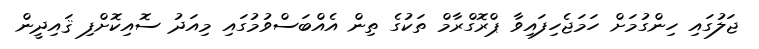
ޖަލުގައި ހިންގުމަށް ހަމަޖެހިފައިވާ ޕްރޮގްރާމް ތަކުގެ ތިން އެއްބަސްވުމުގައި މިއަދު ސޮއިކޮށްފި ޤައިދީން